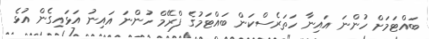
ބައްޓަމަށް ހުންނަ އައިނާ ހަތަރެސްކަން ބައްޓަމުގެ ފްރޭމް ހުންނަ އައިނު އަޅައިގެން އުޅެ